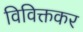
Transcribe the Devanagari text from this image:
विविक्तकर